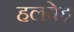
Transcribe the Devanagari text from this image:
हलवेह